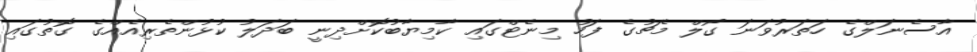
އާސެނަލްގެ ހަތަރުވަނަ ގޯލް މެޗުގެ ފަހު މިނެޓްގައި ކާމިޔާބުކޮށްދިނީ ބަދަލު ކުޅުންތެރިއެއްގެ ގޮތުގައި